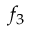
f _ { 3 }